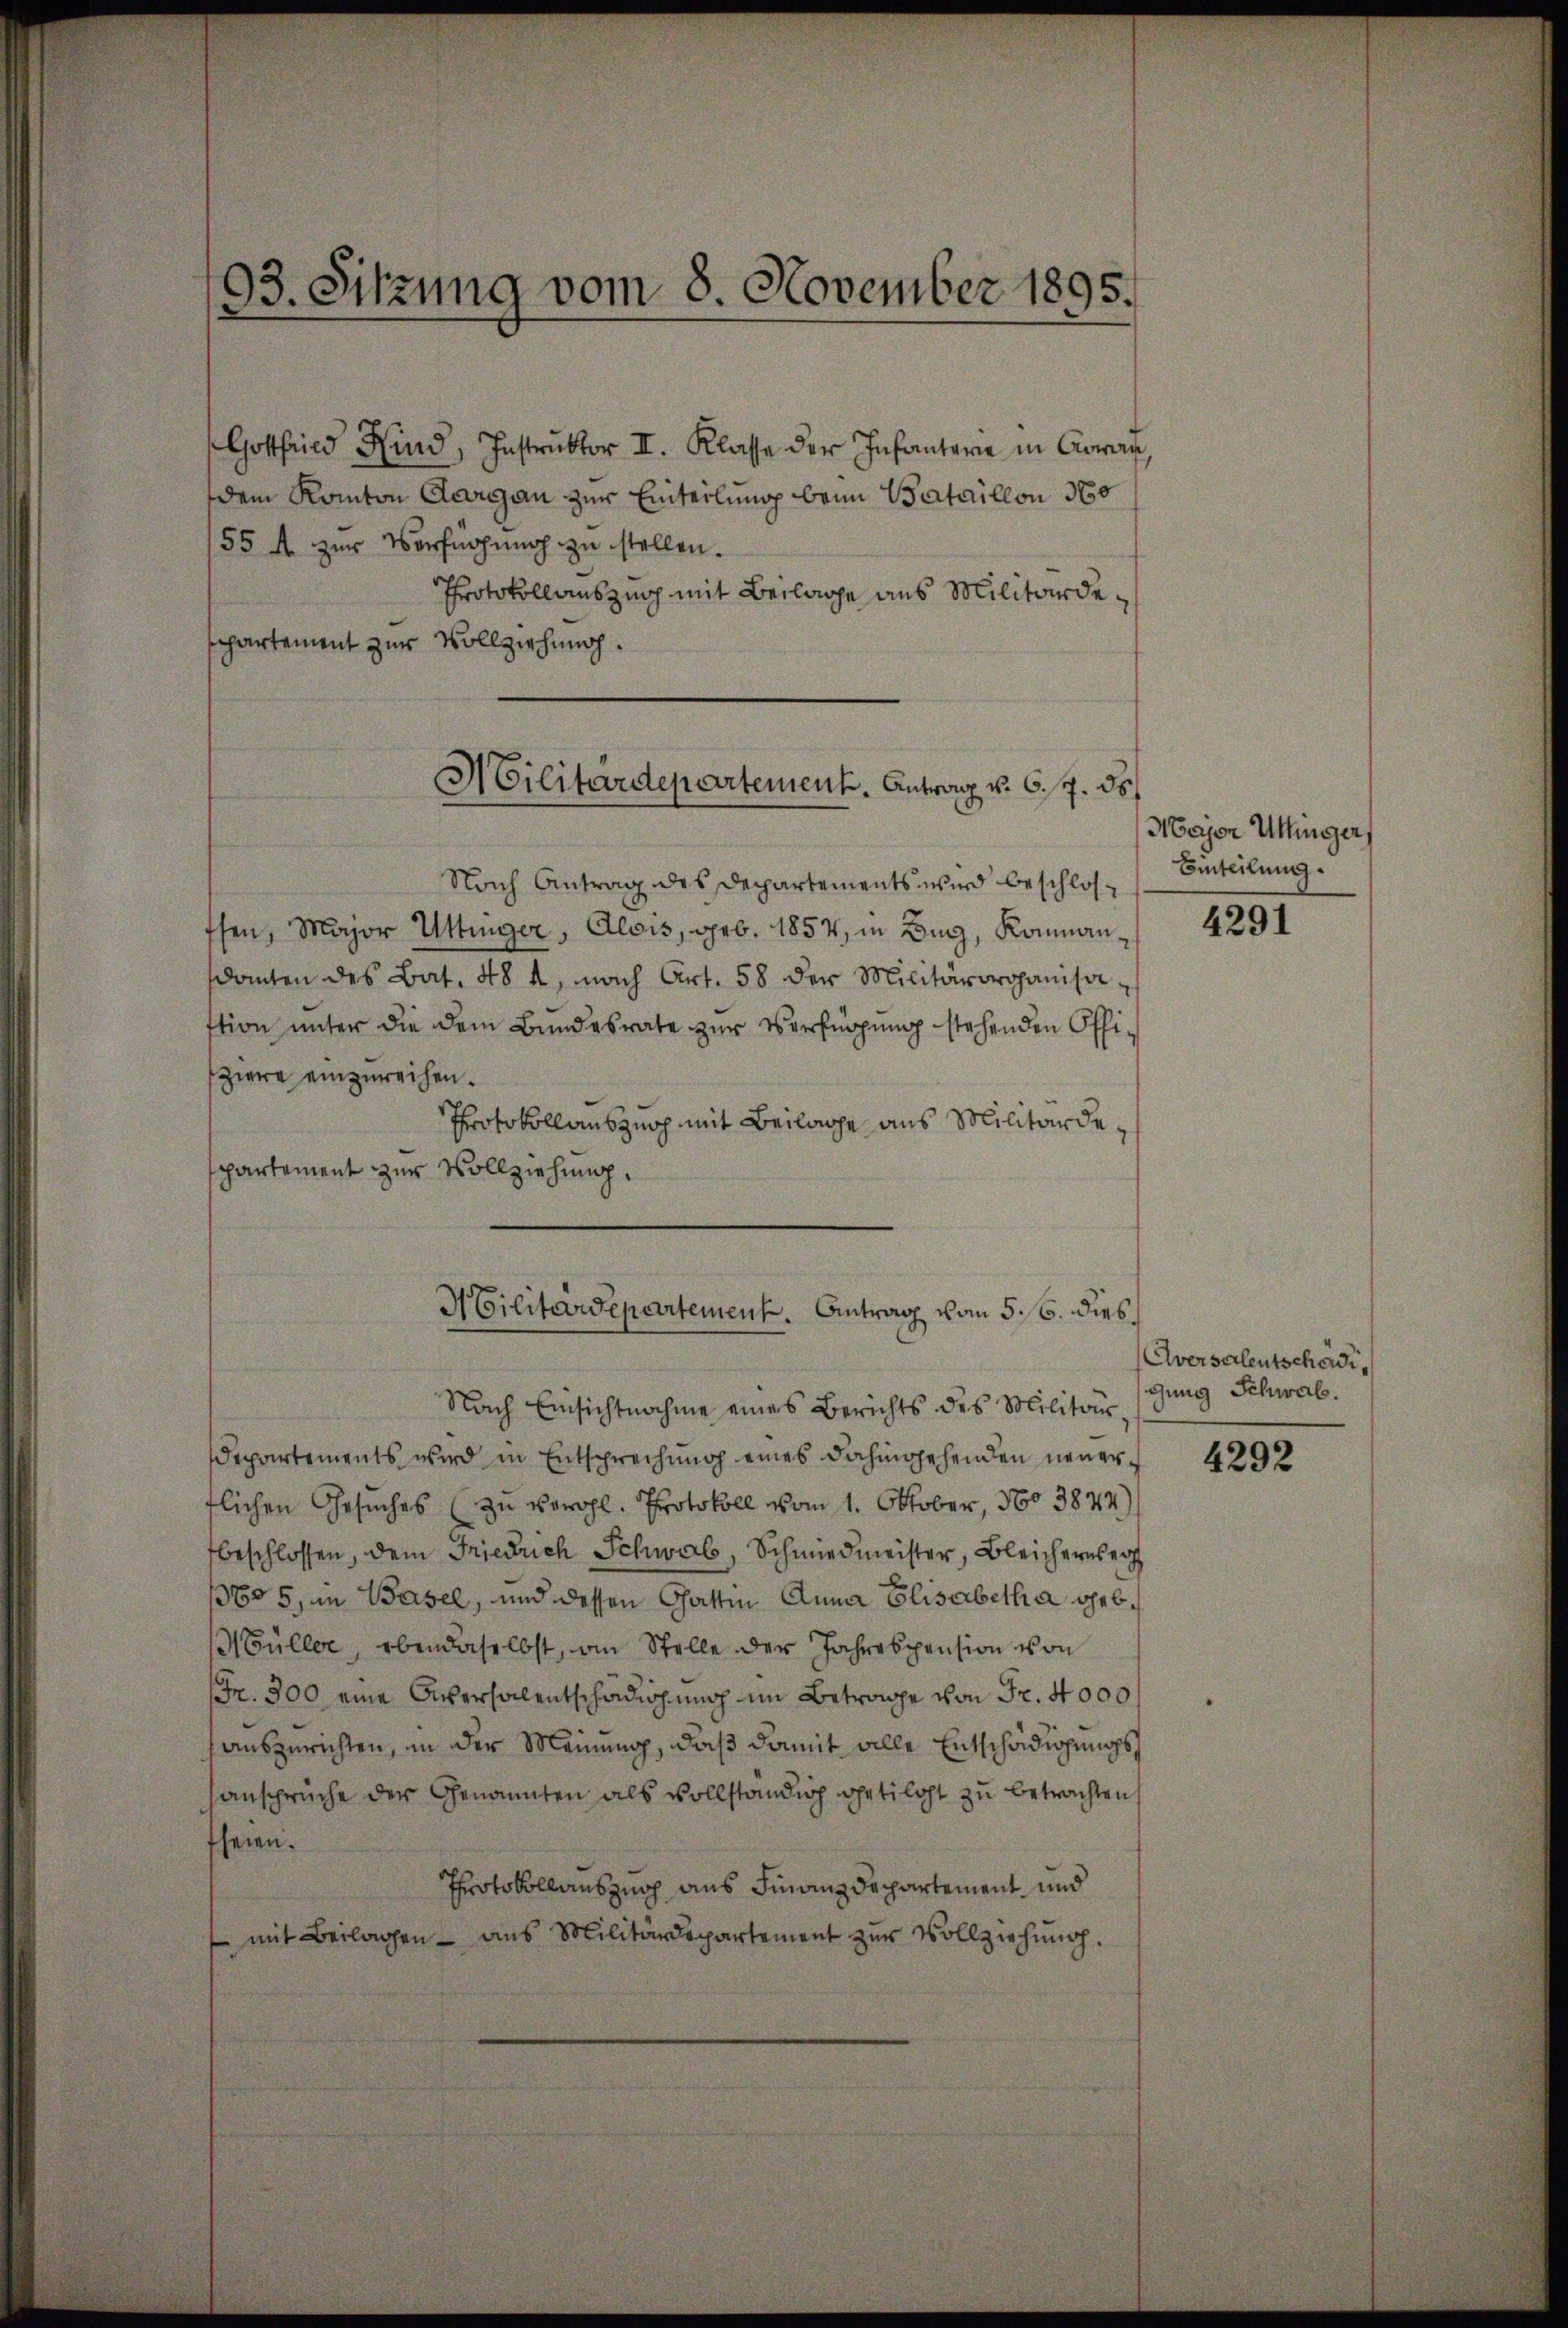
33. Sitzung vom 8. November 1895.

Gottfeld Kind, Instrŭktor II. Klasse der Infantere in Aarau,
dem Kanton Aargau zur Einterlung beim Bataillon 360
55 fl zur Vorfnohung zu stellen.
Protokollauszug mit Beilage aus Militärdespartement zur Vollziehung.

Militärdepartement. Antrag v. 6./7. 35.

Nach Antrag des Departements wird beschlosffen, Major Uttinger, Alois, geb. 1854, in Bugg, Kommanscanten des Bat. 484, nach Art. 58 der Militäroroganisa
stion unter die dem Bundesrate zur Verfügung stehenden Offiziere einzureihen.
Protokollauszug mit Beilage aus Militärdespartement zur Vollziehung.

Militärdepartement. Antrag vom 5. 6. dies

Nach Einsichtnahme eines Berichts des Militär

Departements wird in Entsprechung eines dahingehenden neuerflichen Gesuches (zu vergl. Protokoll vom 1. Oktober, 100 3874)
beschlossen, dem Friedrich Schwab, Schmiedmeister, Bleichereser
13605, in Basel, und dessen Gattin Anna Elisabetha geb.
Müller, ebendaselbst, an Stelle der Jahrespension von
Fr. 300 eine Aversalentschädigung im Betrage von Fr. 4000
auszurichten, in der Meinung, daß damit alle Entschädigungsansprüche der Genannten als vollständig getilist zu betrachten,
fheien.
Protokollauszug aus Finanzdepartement und
 mit Beilagen ans Militärdepartement zŭr Vollziehŭng.

Major Uttinger,
Einteilung.

4291

Aversalentschädig
gung Schwab.

4292